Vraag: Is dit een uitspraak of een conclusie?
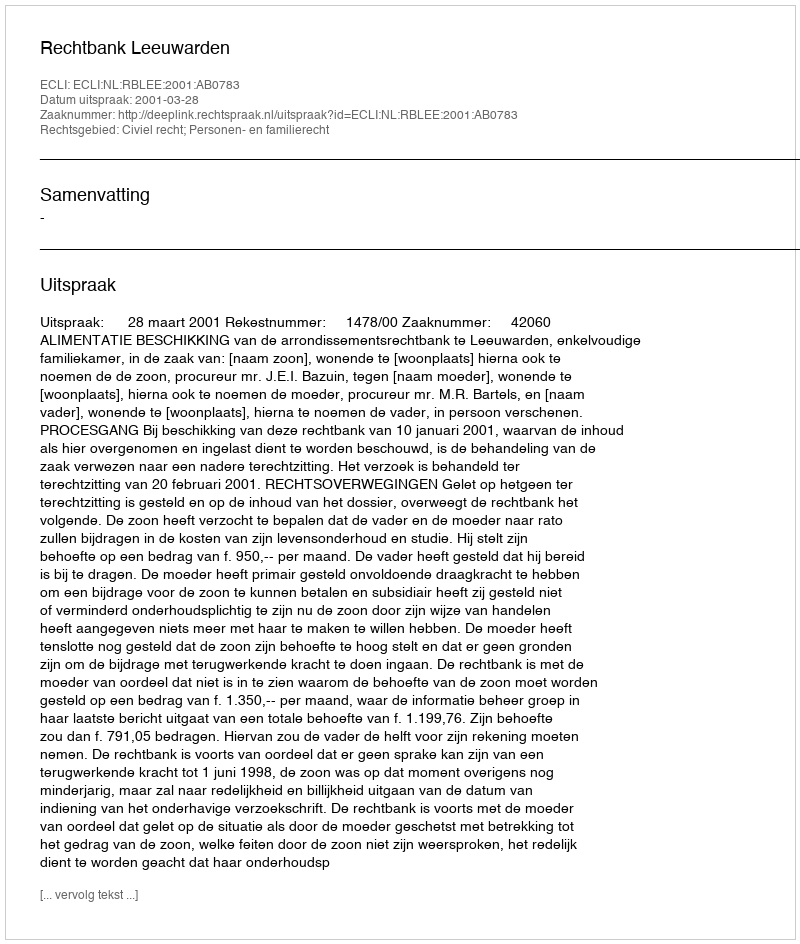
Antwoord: Uitspraak